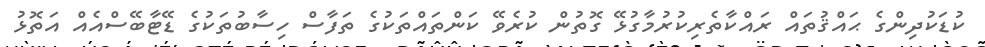
ކުޑަކުދިންގެ ޙައްޤުތައް ރައްކާތެރިކުރުމާގުޅޭ ގޮތުން ކުރެވޭ ކަންތައްތަކުގެ ތަފާސް ހިސާބުތަކުގެ ޑޭޓާބޭސްއެއް އަތޮޅު